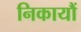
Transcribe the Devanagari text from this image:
निकायौं